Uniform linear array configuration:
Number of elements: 16
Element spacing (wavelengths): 0.75
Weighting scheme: uniform
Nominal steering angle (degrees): -30
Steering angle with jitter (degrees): -29.871
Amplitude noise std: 0.05
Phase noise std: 0.05

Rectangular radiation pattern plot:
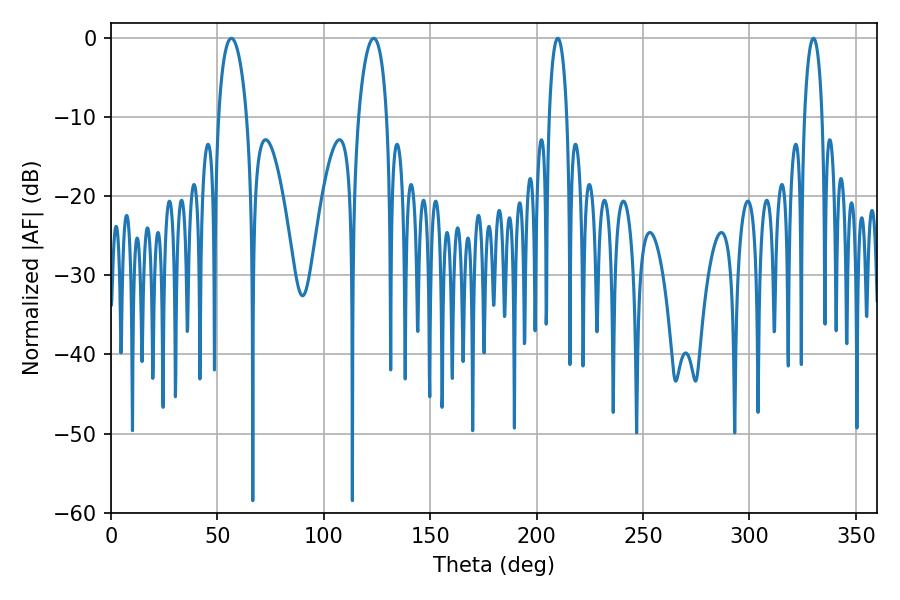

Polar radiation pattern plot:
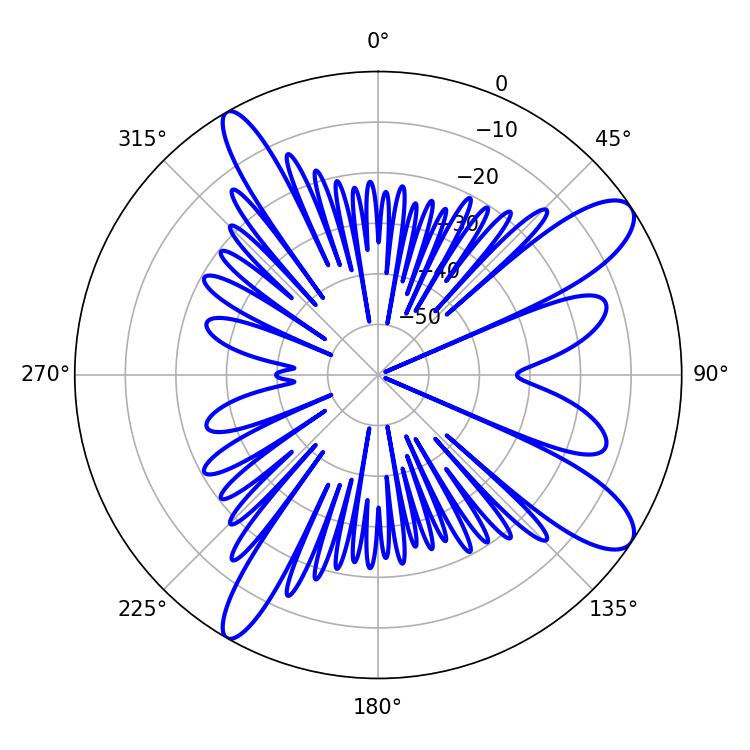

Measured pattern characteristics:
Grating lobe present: TRUE
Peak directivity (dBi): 11.063
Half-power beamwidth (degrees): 7.56
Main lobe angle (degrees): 56.52